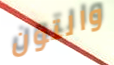
والتون